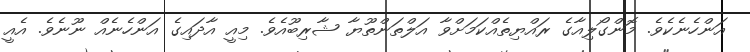
އަންހެނެކެވެ. މޮންގޯލިއާގެ ރައްޔިތެއްކަމަށްވާ އަލްތަންތޫޔާ ޝާރިބޫއެވެ. މިއީ އާދައިގެ އަންހެނެއް ނޫނެވެ. އެއީ